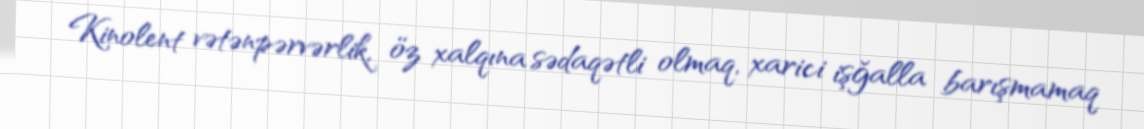
Kinolent vətənpərvərlik, öz xalqına sədaqətli olmaq, xarici işğalla barışmamaq